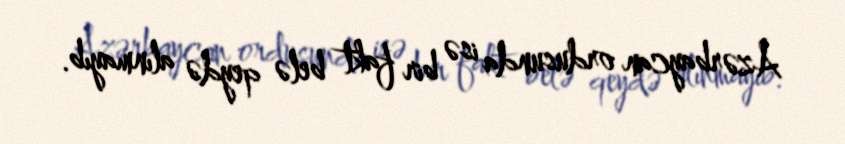
Azərbaycan ordusunda isə bir fakt belə qeydə alınmayıb.